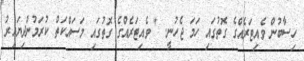
ހިސާބުން ވެއިޓަރެއްގެ ގޮތުގައި ހަމަ ޖެހުނީ. " ވެއިޓަރެއްގެ ގޮތުގައި މަސައްކަތް ކުރަމުންދިޔައިރު